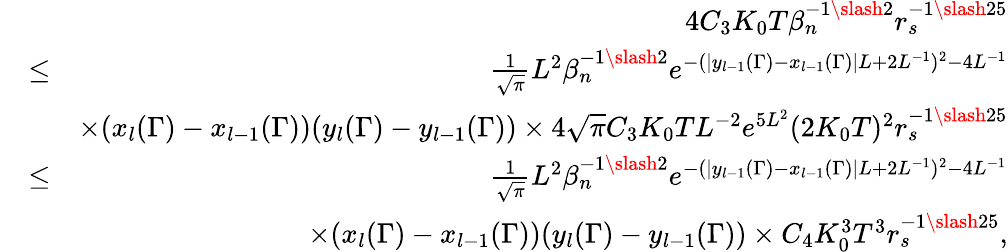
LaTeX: \begin{array}{rlr}&{}&{4C_{3}K_{0}T\beta_{n}^{-1\slash 2}r_{s}^{-1\slash 25}}\\ &{\leq}&{\frac{1}{\sqrt{\pi}}L^{2}\beta_{n}^{-1\slash 2}e^{-(|y_{l-1}(\Gamma)-x_{l-1}(\Gamma)|L+2L^{-1})^{2}-4L^{-1}}}\\ &{}&{\times(x_{l}(\Gamma)-x_{l-1}(\Gamma))(y_{l}(\Gamma)-y_{l-1}(\Gamma))\times 4\sqrt{\pi}C_{3}K_{0}TL^{-2}e^{5L^{2}}(2K_{0}T)^{2}r_{s}^{-1\slash 25}}\\ &{\leq}&{\frac{1}{\sqrt{\pi}}L^{2}\beta_{n}^{-1\slash 2}e^{-(|y_{l-1}(\Gamma)-x_{l-1}(\Gamma)|L+2L^{-1})^{2}-4L^{-1}}}\\ &{}&{\times(x_{l}(\Gamma)-x_{l-1}(\Gamma))(y_{l}(\Gamma)-y_{l-1}(\Gamma))\times C_{4}K_{0}^{3}T^{3}r_{s}^{-1\slash 25},}\end{array}